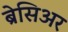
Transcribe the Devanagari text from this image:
ब्रेसिअर